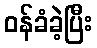
ဝန်ခံခဲ့ပြီး